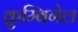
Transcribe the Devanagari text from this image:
क्रुम्बिगेल